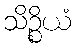
သိဉ္စိယံ